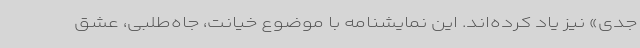
جدی» نیز یاد کرده‌اند. این نمایشنامه با موضوع خیانت، جاه‌طلبی، عشق